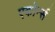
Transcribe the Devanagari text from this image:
एकोर्न्स